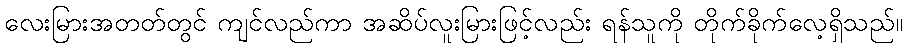
လေးမြားအတတ်တွင် ကျင်လည်ကာ အဆိပ်လူးမြားဖြင့်လည်း ရန်သူကို တိုက်ခိုက်လေ့ရှိသည်။